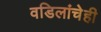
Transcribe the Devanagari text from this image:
वडिलांचेही